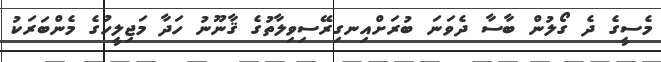
މެސީގެ ދެ ގޯލުން ބާސާ ދެވަނަ ބުރަށްއިނގިރޭސިވިލާތުގެ ޤާނޫނު ހަދާ މަޖިލީހުގެ މެންބަރަކު